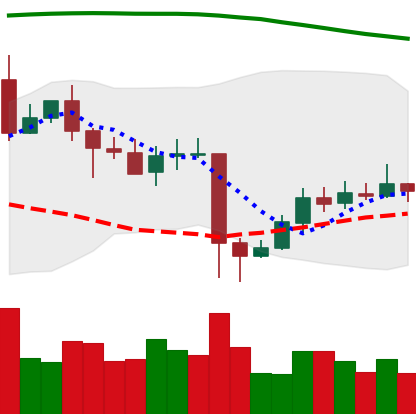
Ticker: EOS-USD
Chart end date: 2020-05-19
Forward return: -4.787%
Label: down_3_5